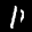
Label: 1